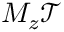
M _ { z } \mathcal { T }